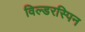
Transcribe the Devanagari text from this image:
विल्डरस्पिन